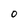
Character: 0